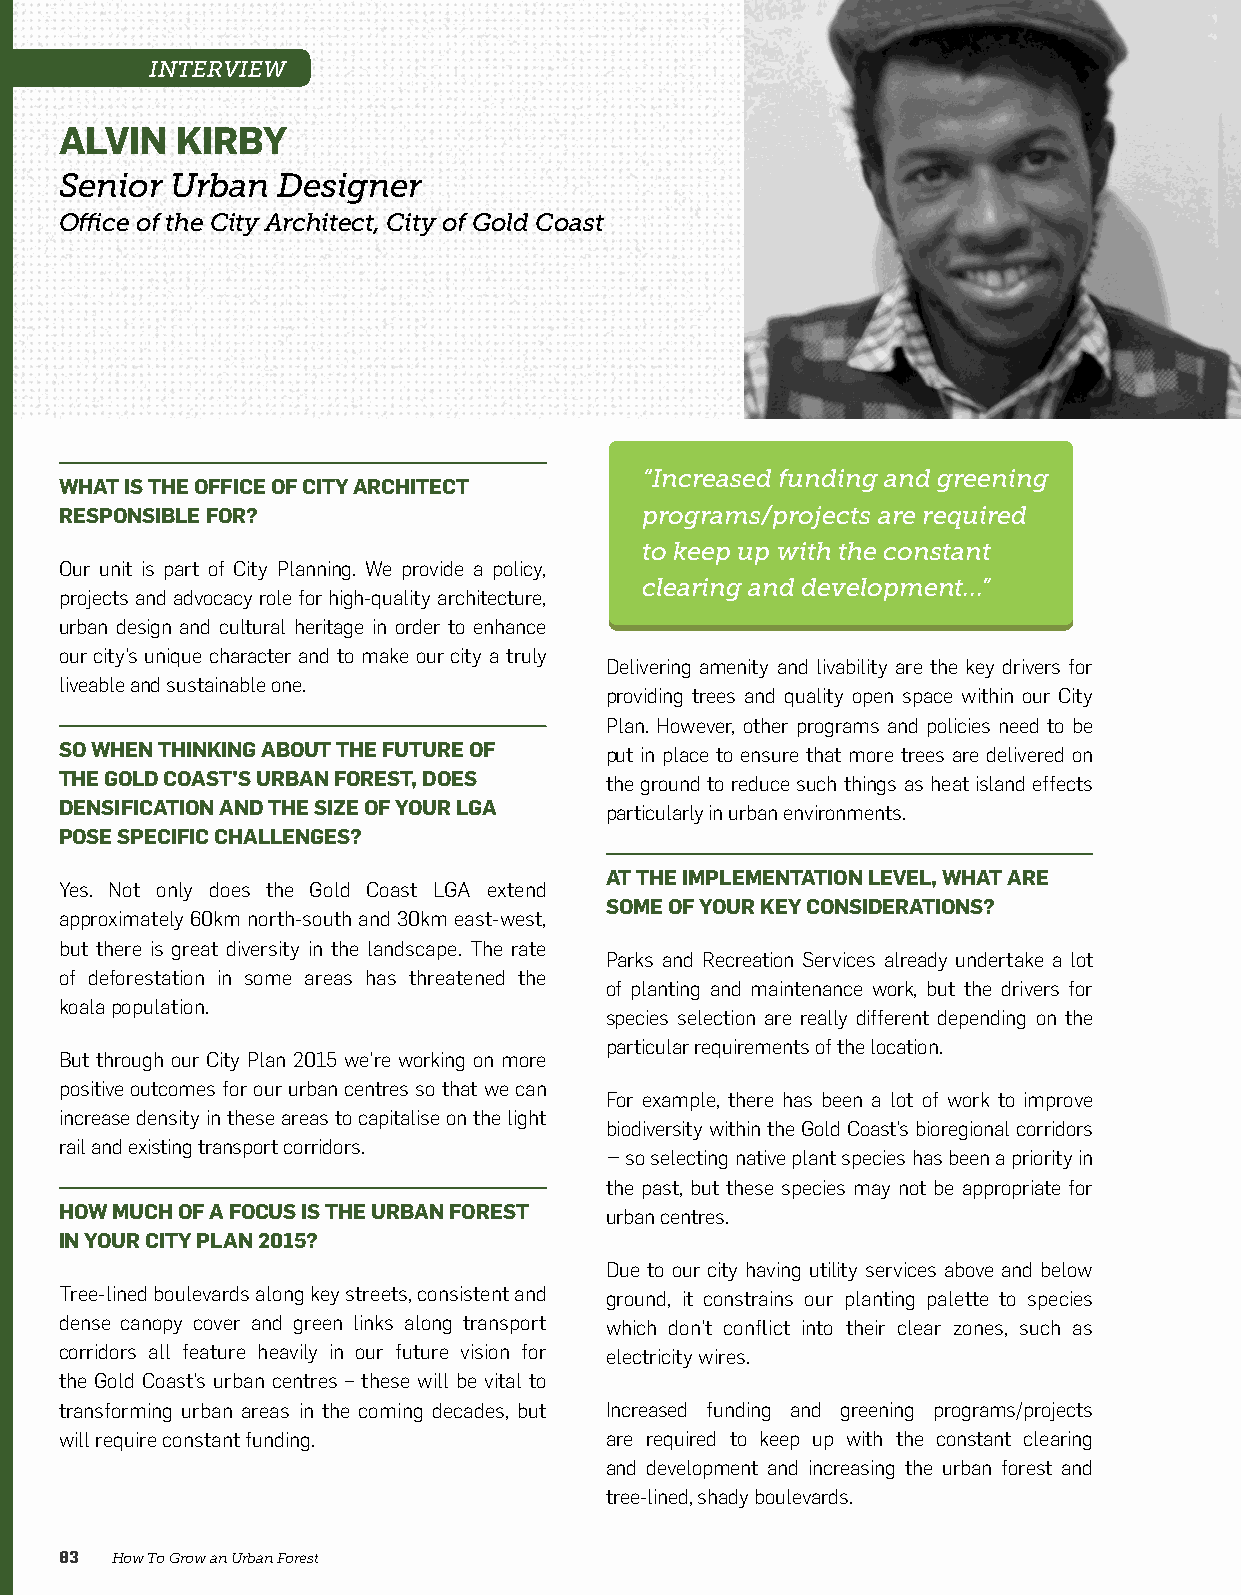
INTERVIEW
 ALVIN   KIRBY
 Senior Urban  Designer
 Office of the City Architect, City of Gold Coast
 “Increased funding and greening
 WHAT IS THE OFFICE OF CITY ARCHITECT
 RESPONSIBLE FOR?                      programs/projects are required
 to keep up with the constant
 Our unit is part of City Planning. We provide a policy,
 clearing and development...”
 projects and advocacy role for high-quality architecture,
 urban design and cultural heritage in order to enhance
 our city’s unique character and to make our city a truly
 Delivering amenity and livability are the key drivers for
 liveable and sustainable one.
 providing trees and quality open space within our City
 Plan. However, other programs and policies need to be
 SO WHEN THINKING ABOUT THE FUTURE OF put in place to ensure that more trees are delivered on
 THE GOLD COAST’S URBAN FOREST, DOES the ground to reduce such things as heat island effects
 DENSIFICATION AND THE SIZE OF YOUR LGA particularly in urban environments.
 POSE SPECIFIC CHALLENGES?
 AT THE IMPLEMENTATION LEVEL, WHAT ARE
 Yes. Not only does the Gold Coast LGA extend
 SOME OF YOUR KEY CONSIDERATIONS?
 approximately 60km north-south and 30km east-west,
 but there is great diversity in the landscape. The rate
 Parks and Recreation Services already undertake a lot
 of deforestation in some areas has threatened the
 of planting and maintenance work, but the drivers for
 koala population.
 species selection are really different depending on the
 particular requirements of the location.
 But through our City Plan 2015 we’re working on more
 positive outcomes for our urban centres so that we can
 For example, there has been a lot of work to improve
 increase density in these areas to capitalise on the light
 biodiversity within the Gold Coast’s bioregional corridors
 rail and existing transport corridors.
 – so selecting native plant species has been a priority in
 the past, but these species may not be appropriate for
 HOW MUCH OF A FOCUS IS THE URBAN FOREST urban centres.
 IN YOUR CITY PLAN 2015?
 Due to our city having utility services above and below
 Tree-lined boulevards along key streets, consistent and ground, it constrains our planting palette to species
 dense canopy cover and green links along transport which don’t conflict into their clear zones, such as
 corridors all feature heavily in our future vision for electricity wires.
 the Gold Coast’s urban centres – these will be vital to
 transforming urban areas in the coming decades, but Increased funding and greening programs/projects
 will require constant funding.      are required to keep up with the constant clearing
 and development and increasing the urban forest and
 tree-lined, shady boulevards.
 83 How To Grow an Urban Forest